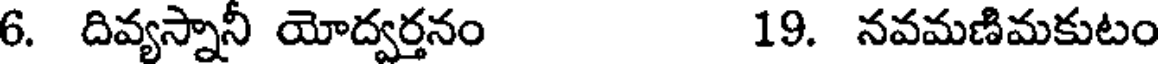
6. దివ్యస్నానీ యోద్వర్తనం 19. నవమణిమకుటం